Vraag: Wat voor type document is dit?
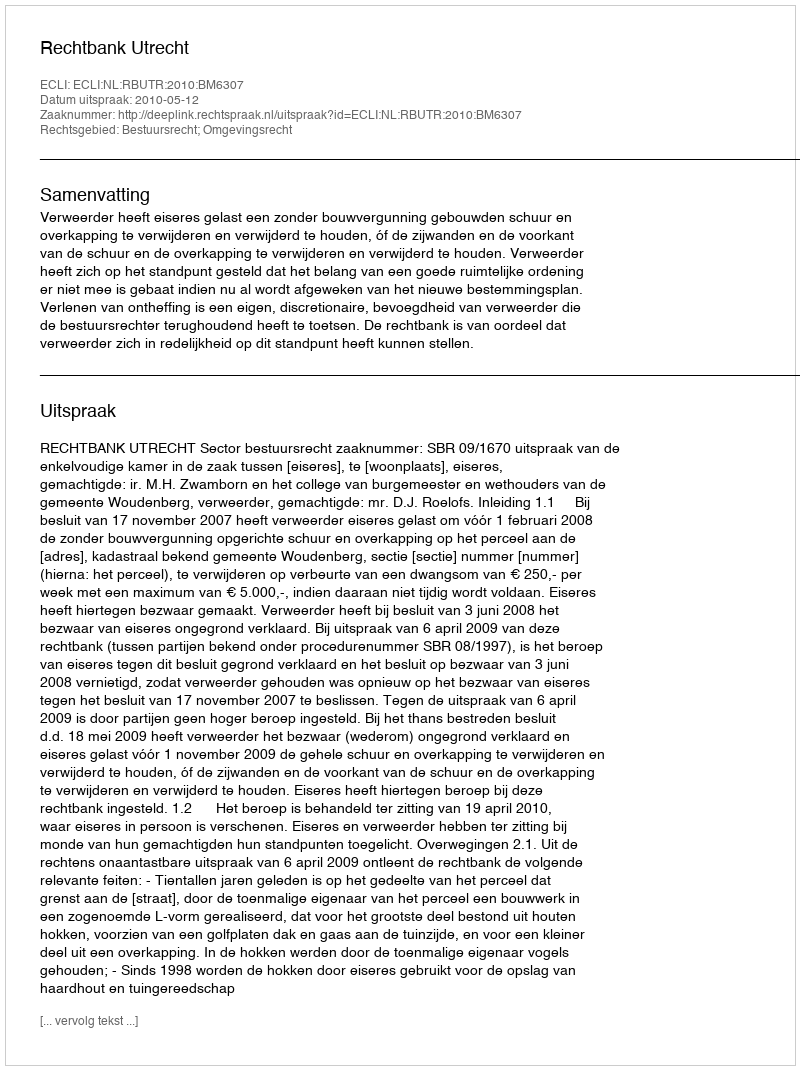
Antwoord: Uitspraak